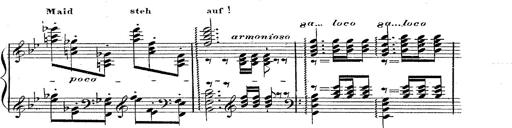
Title: 12 Lieder von Franz Schubert
Composer: Franz Liszt